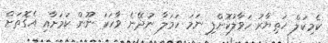
ކެމިކަލް ހަތިޔާރު ހަވާލުކޮށްފި ނަމަ ހަމަލާ ނުދޭނެ ވާހަކަ ނޫން ކަމަށާއި އެގޮތަށް